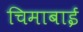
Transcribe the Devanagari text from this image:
चिमाबाई